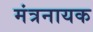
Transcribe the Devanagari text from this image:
मंत्रनायक